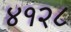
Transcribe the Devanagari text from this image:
४१२८